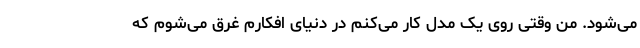
می‌شود. من وقتی روی یک مدل کار می‌کنم در دنیای افکارم غرق می‌شوم که